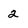
Character: 2